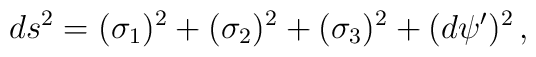
ds^2=(\sigma_1)^2+(\sigma_2)^2+(\sigma_3)^2+(d\psi')^2\, ,